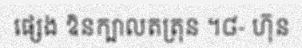
ផ្សេង ឱនក្បាលតត្រុន ។៨- ហ៊ុន